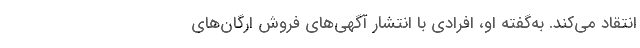
انتقاد می‌کند. به‌گفته او، افرادی با انتشار آگهی‌های فروش ارگان‌های